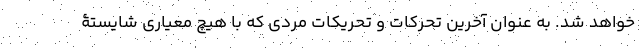
خواهد شد. به عنوان آخرین تحرکات و تحریکات مردی که با هیچ معیاری شایستۀ